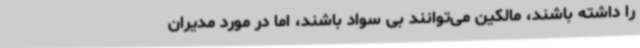
را داشته باشند، مالکین می‌توانند بی سواد باشند، اما در مورد مدیران